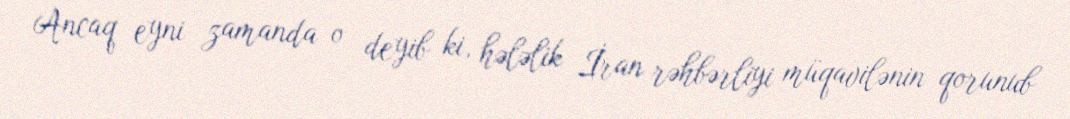
Ancaq eyni zamanda o deyib ki, hələlik İran rəhbərliyi müqavilənin qorunub